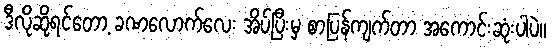
ဒီလိုဆိုရင်တော့ ခဏလောက်လေး အိပ်ပြီးမှ စာပြန်ကျက်တာ အကောင်းဆုံးပါပဲ။